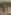
ل